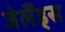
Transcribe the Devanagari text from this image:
जेलैंड्स